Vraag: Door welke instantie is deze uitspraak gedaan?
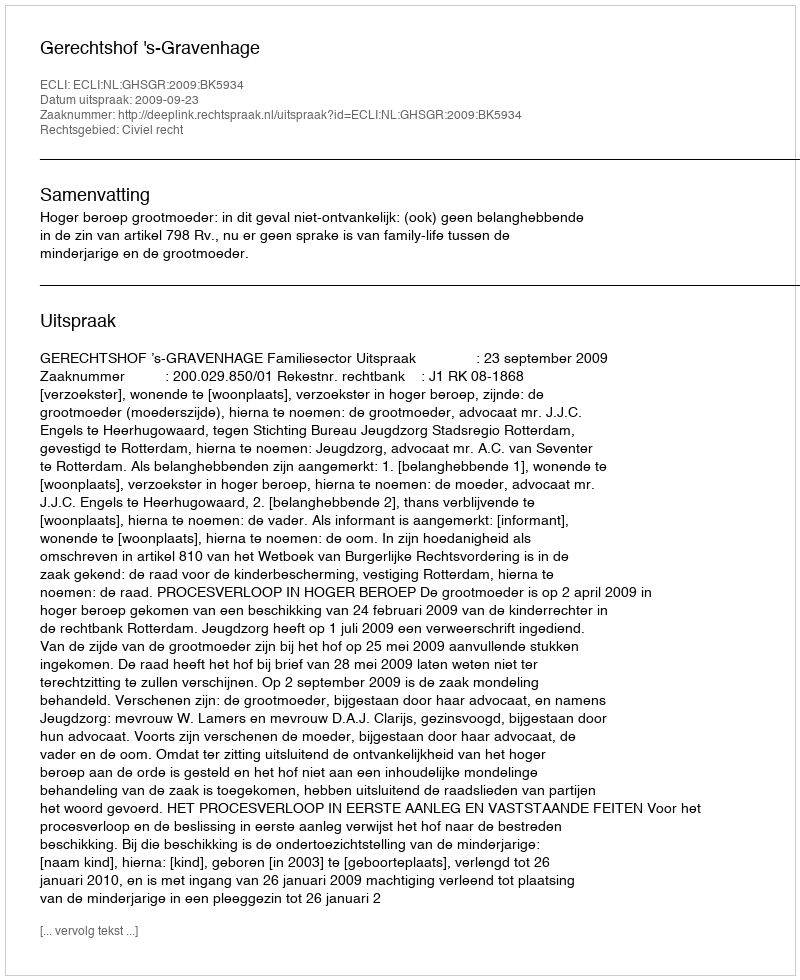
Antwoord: Gerechtshof 's-Gravenhage